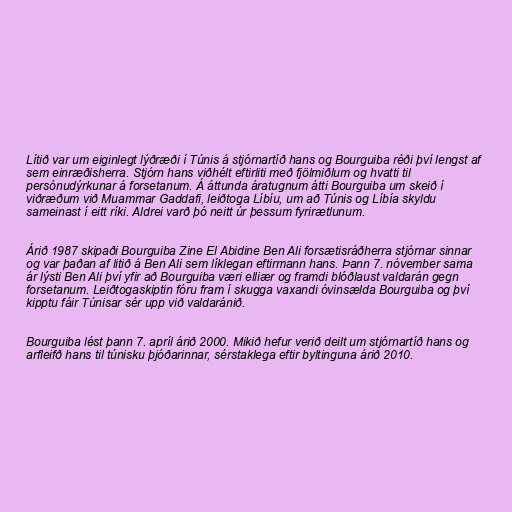
Lítið var um eiginlegt lýðræði í Túnis á stjórnartíð hans og Bourguiba réði því lengst af
sem einræðisherra. Stjórn hans viðhélt eftirliti með fjölmiðlum og hvatti til
persónudýrkunar á forsetanum. Á áttunda áratugnum átti Bourguiba um skeið í
viðræðum við Muammar Gaddafi, leiðtoga Líbíu, um að Túnis og Líbía skyldu
sameinast í eitt ríki. Aldrei varð þó neitt úr þessum fyrirætlunum.

Árið 1987 skipaði Bourguiba Zine El Abidine Ben Ali forsætisráðherra stjórnar sinnar
og var þaðan af litið á Ben Ali sem líklegan eftirmann hans. Þann 7. nóvember sama
ár lýsti Ben Ali því yfir að Bourguiba væri elliær og framdi blóðlaust valdarán gegn
forsetanum. Leiðtogaskiptin fóru fram í skugga vaxandi óvinsælda Bourguiba og því
kipptu fáir Túnisar sér upp við valdaránið.

Bourguiba lést þann 7. apríl árið 2000. Mikið hefur verið deilt um stjórnartíð hans og
arfleifð hans til túnisku þjóðarinnar, sérstaklega eftir byltinguna árið 2010.